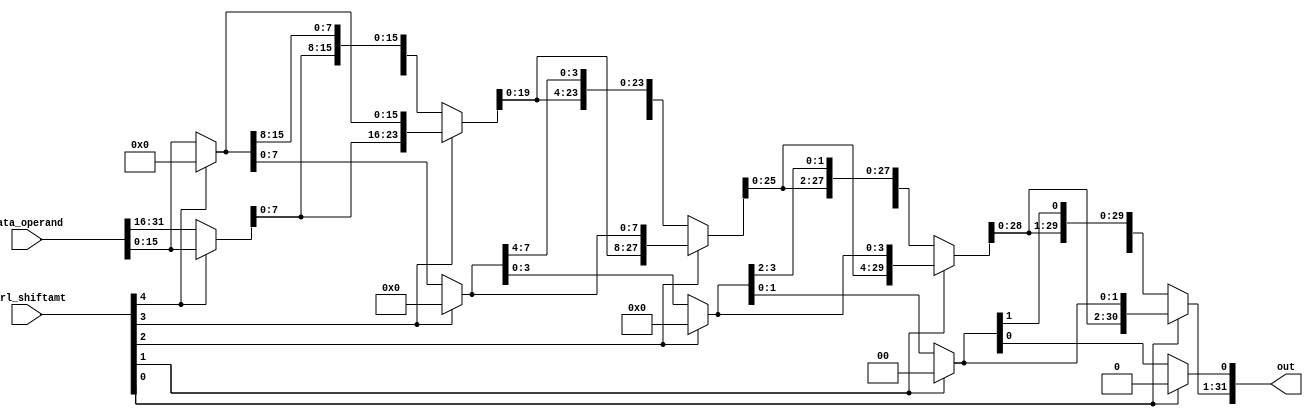
module barrel_left_shifter(out, data_operand, ctrl_shiftamt);

    input [31:0] data_operand;
    input [4:0] ctrl_shiftamt;

    output [31:0] out;

    wire [31:0] out1, out2, out3, out4;

    assign out4[31:16] = ctrl_shiftamt[4] ? data_operand[15:0] : data_operand[31:16];
    assign out4[15:0] = ctrl_shiftamt[4] ? 16'b0 : data_operand[15:0];

    assign out3[31:8] = ctrl_shiftamt[3] ? out4[23:0] : out4[31:8];
    assign out3[7:0] = ctrl_shiftamt[3] ? 8'b0 : out4[7:0];

    assign out2[31:4] = ctrl_shiftamt[2] ? out3[27:0] : out3[31:4];
    assign out2[3:0] = ctrl_shiftamt[2] ? 4'b0 : out3[3:0];

    assign out1[31:2] = ctrl_shiftamt[1] ? out2[29:0] : out2[31:2];
    assign out1[1:0] = ctrl_shiftamt[1] ? 2'b0 : out2[1:0];

    assign out[31:1] = ctrl_shiftamt[0] ? out1[30:0] : out1[31:1];
    assign out[0] = ctrl_shiftamt[0] ? 1'b0 : out1[0];

endmodule